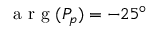
\mathrm { ~ a ~ r ~ g ~ } ( P _ { p } ) = - 2 5 ^ { \circ }